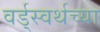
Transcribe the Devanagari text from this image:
वर्ड्‌स्वर्थच्या